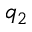
q _ { 2 }